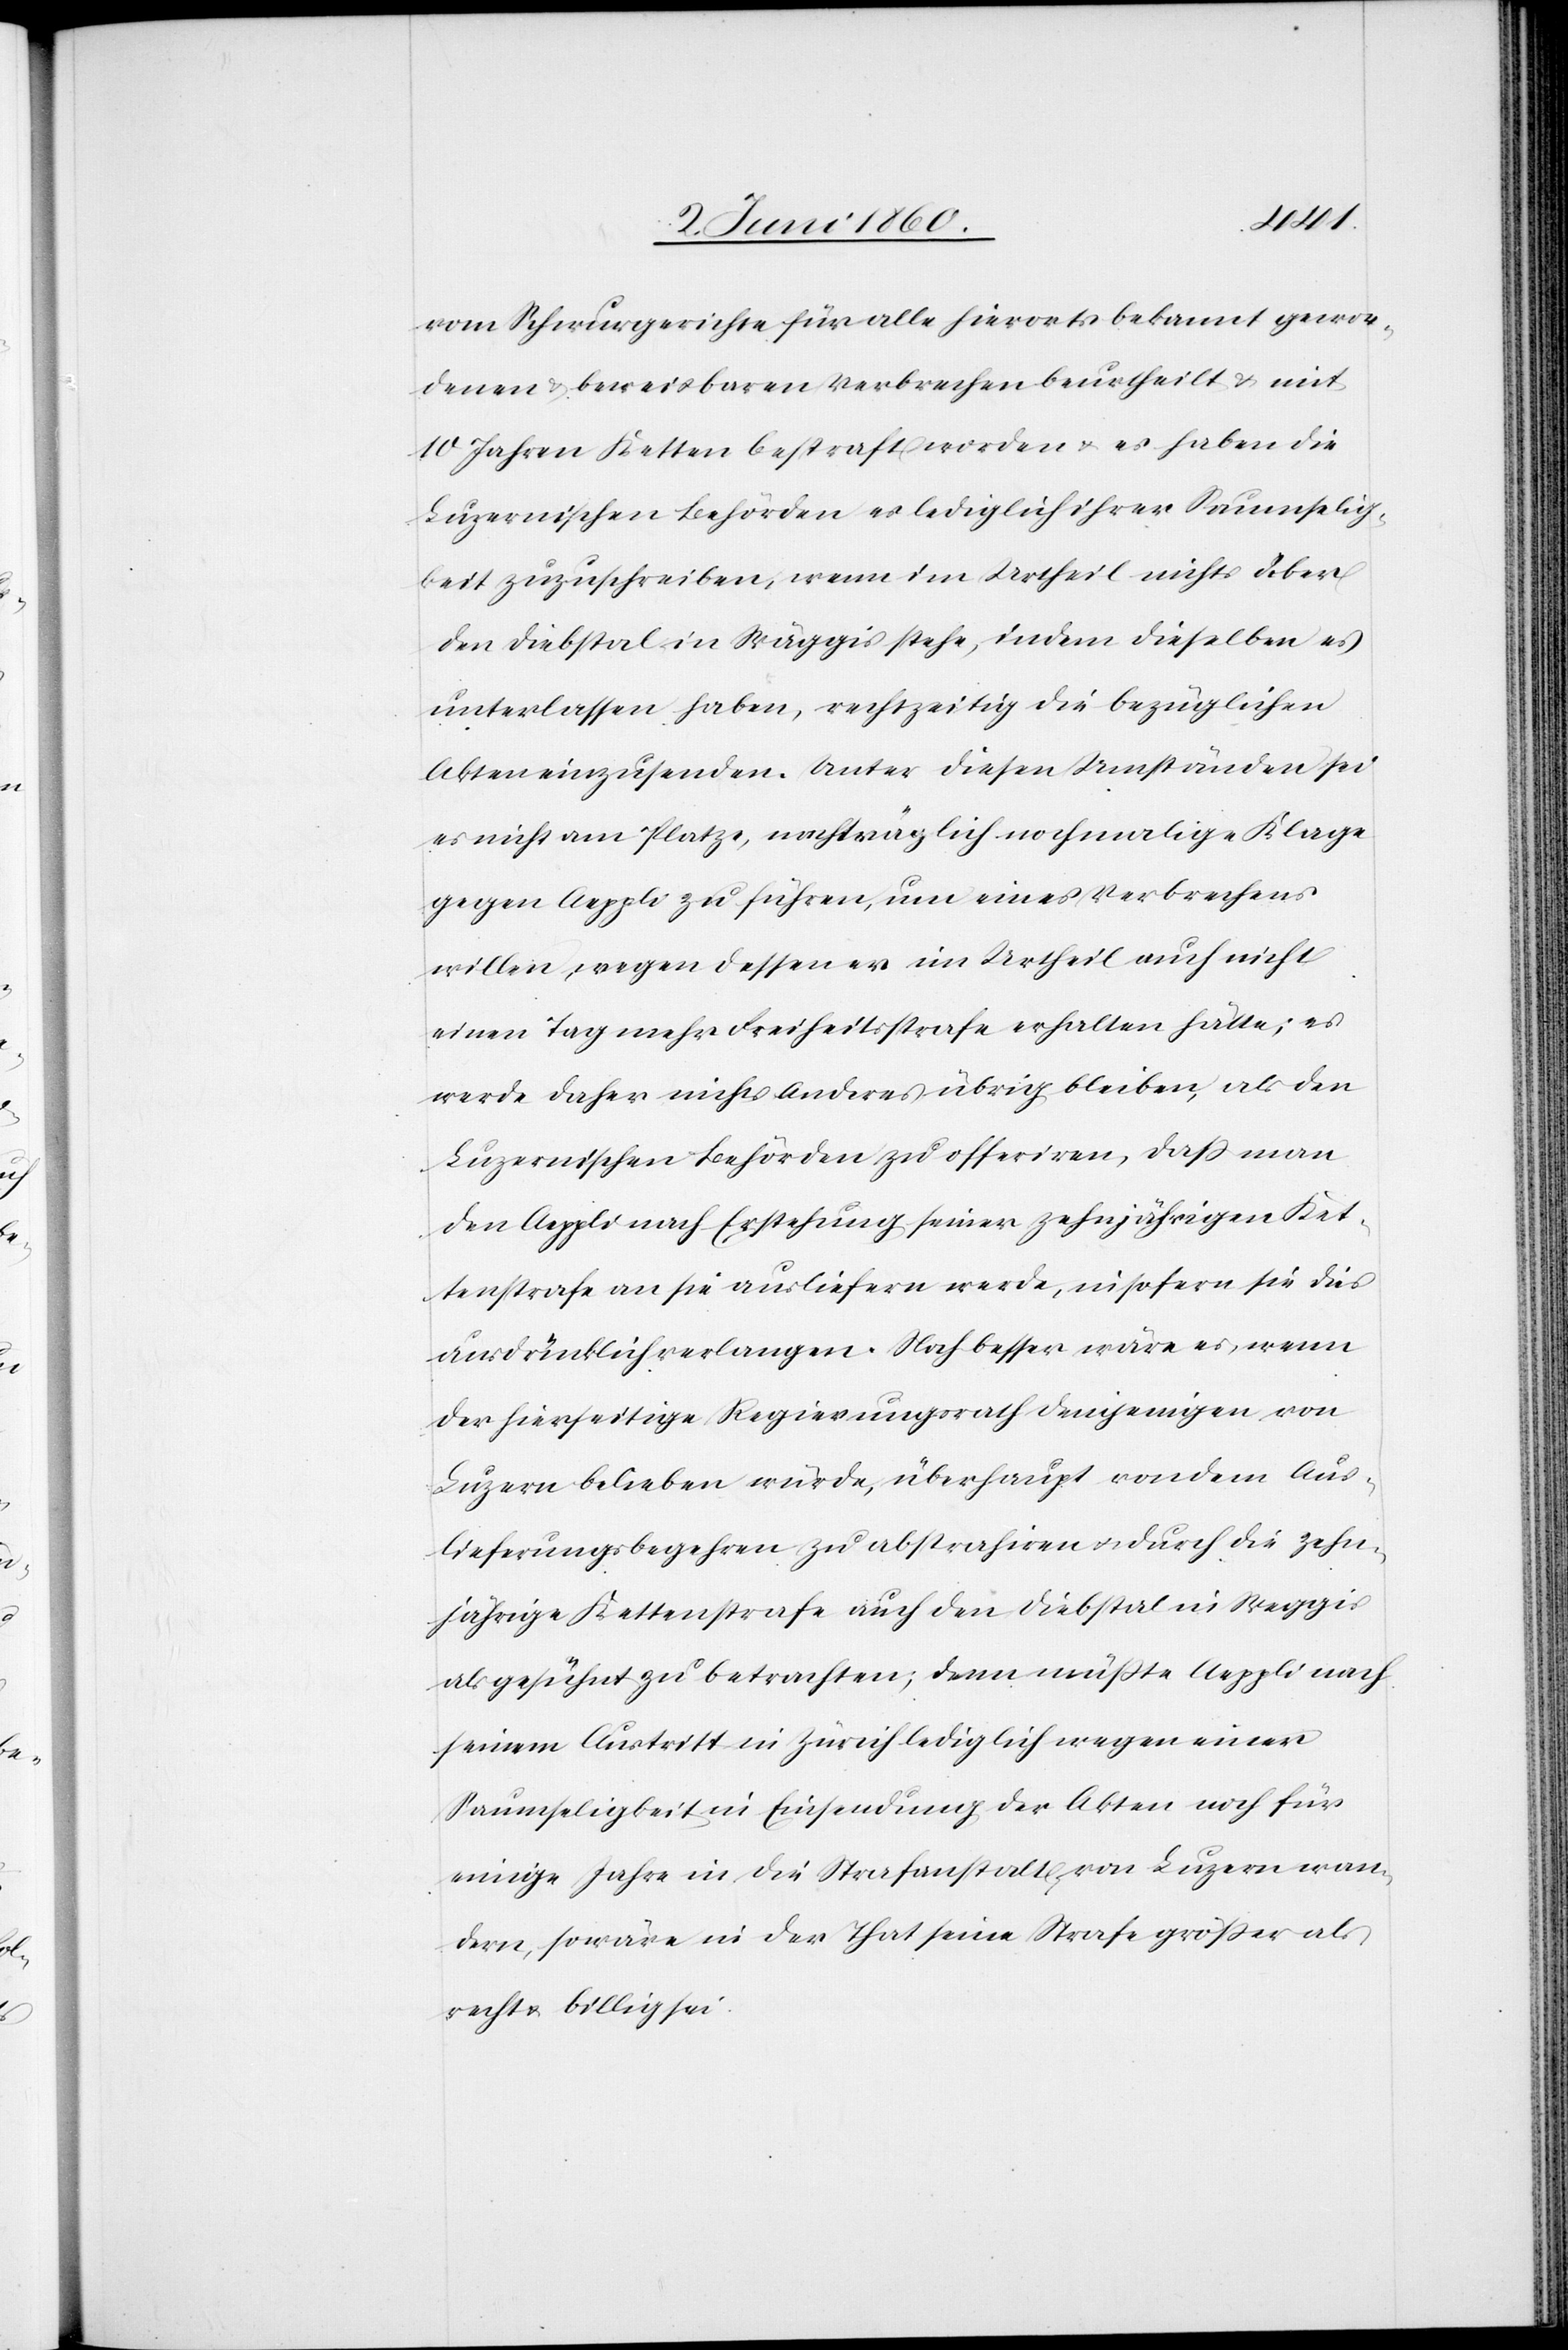
vom Schwurgerichte für alle hierorts bekannt gewor¬
dene u. beweisbaren Verbrechen beurtheilt u. mit
10 Jahren Ketten bestraft worden u. es haben die
Luzernischen Behörden es lediglich ihrer Saumselig¬
keit zuzuschreiben, wenn im Urtheil nichts über
den Diebstal in Wäggis stehe, indem dieselben es
unterlassen haben, rechtzeitig die bezüglichen
Akten einzusenden. Unter diesen Umständen sei
es nicht am Platze, nachträglich nochmalige Klage
gegen Aeppli zu führen, um eines Verbrechens
willen, wegen dessen er im Urtheil auch nicht
einen Tag mehr Freiheitsstrafe erhalten hätte; es
werde daher nichts Anderes übrig bleiben, als den
Luzernischen Behörden zu offeriren, dass man
den Aeppli nach Erstehung seiner zehnjährigen Ket¬
tenstrafe an sie ausliefern werde, insofern sie dies
ausdrücklich verlangen. Noch besser wäre es, wenn
der hierseitige Regierungsrath demjenigen von
Luzern belieben würde, überhaupt von dem Aus¬
lieferungsbegehren zu abstrahiren u. durch die zehn¬
jährige Kettenstrafe auch den Diebstal in Weggis
als gesühnt zu betrachten; denn müsste Aeppli nach
seinem Austritt in Zürich lediglich wegen einer
Saumseligkeit in Einsendung der Akten noch für
einige Jahr in die Strafanstalt von Luzern wan¬
dern, so wäre in der That seine Strafe grösser als
recht u. billig.